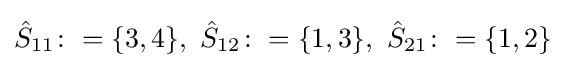
{\hat {S}}_{11}\colon =\{3,4\},~{\hat {S}}_{12}\colon =\{1,3\},~{\hat {S}}_{21}\colon =\{1,2\}